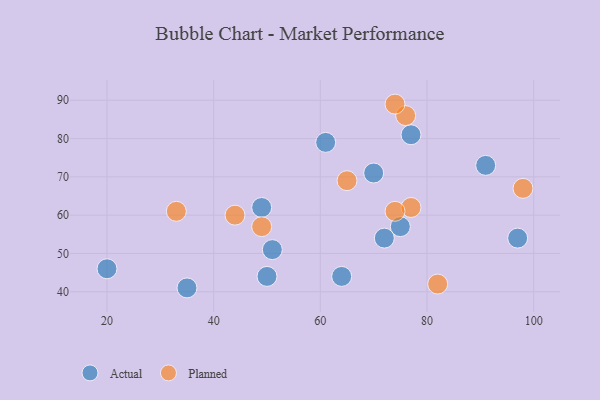
{"axis": {"x": "GDP", "y": "Life Expectancy"}, "legend": ["Actual", "Planned"], "data": [{"x": "49", "y": 62, "type": "Actual"}, {"x": "51", "y": 51, "type": "Actual"}, {"x": "50", "y": 44, "type": "Actual"}, {"x": "77", "y": 81, "type": "Actual"}, {"x": "20", "y": 46, "type": "Actual"}, {"x": "75", "y": 57, "type": "Actual"}, {"x": "97", "y": 54, "type": "Actual"}, {"x": "91", "y": 73, "type": "Actual"}, {"x": "35", "y": 41, "type": "Actual"}, {"x": "64", "y": 44, "type": "Actual"}, {"x": "72", "y": 54, "type": "Actual"}, {"x": "70", "y": 71, "type": "Actual"}, {"x": "61", "y": 79, "type": "Actual"}, {"x": "77", "y": 62, "type": "Planned"}, {"x": "82", "y": 42, "type": "Planned"}, {"x": "33", "y": 61, "type": "Planned"}, {"x": "76", "y": 86, "type": "Planned"}, {"x": "74", "y": 61, "type": "Planned"}, {"x": "49", "y": 57, "type": "Planned"}, {"x": "44", "y": 60, "type": "Planned"}, {"x": "74", "y": 89, "type": "Planned"}, {"x": "65", "y": 69, "type": "Planned"}, {"x": "98", "y": 67, "type": "Planned"}]}